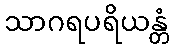
သာဂရပရိယန္တံ